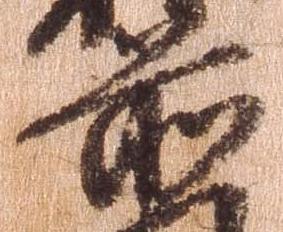
前